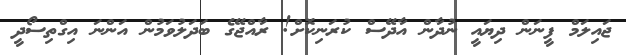
ޖައިލަމް ފީނަން ދިޔައީ ނުދާން އާދޭސް ކުރަނިކޮށް! ރާއްޖޭގެ ބަދަލުވަމުން އަންނަ އިގްތިސޯދީ